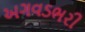
અગવડભરી